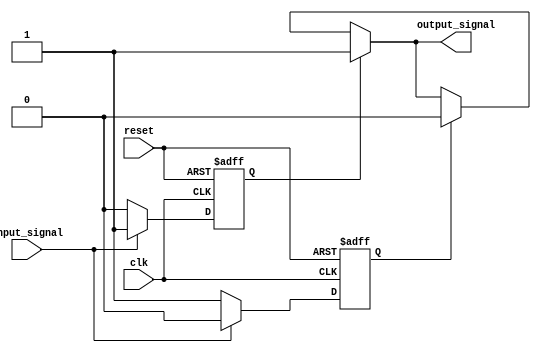
module push_pull_buffer(
    input wire clk,
    input wire reset,
    input wire input_signal,
    output reg output_signal
);

reg PMOS_transistor, NMOS_transistor;

// Push-pull arrangement
always @ (posedge clk or posedge reset)
begin
    if (reset)
    begin
        PMOS_transistor <= 0;
        NMOS_transistor <= 0;
    end
    else
    begin
        if (input_signal)
        begin
            PMOS_transistor <= 1;
            NMOS_transistor <= 0;
        end
        else
        begin
            PMOS_transistor <= 0;
            NMOS_transistor <= 1;
        end
    end
end

// Output signal
assign output_signal = PMOS_transistor ? 1 : (NMOS_transistor ? 0 : output_signal);

endmodule